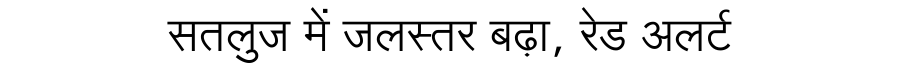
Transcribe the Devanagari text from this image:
सतलुज में जलस्तर बढ़ा, रेड अलर्ट